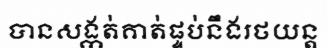
បានសង្កត់គាត់ផ្ទប់នឹងរថយន្ត